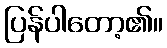
ပြန်ပါတော့၏။